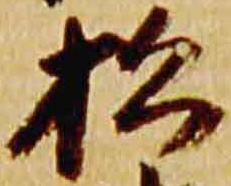
松